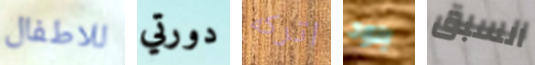
للاطفال دورتي اتركه بلود السبق